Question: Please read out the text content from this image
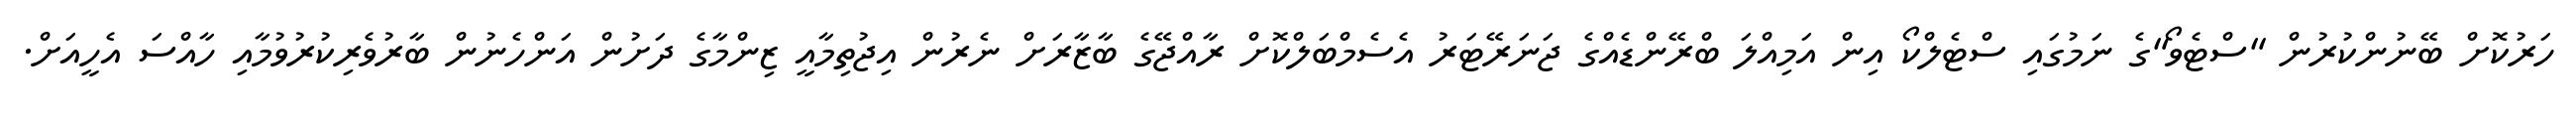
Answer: ހަރުކޮށް ބޭނުންކުރުން "ސްޓެވޯ"ގެ ނަމުގައި ސްޓެލްކޯ އިން އަމިއްލަ ބްރޭންޑެއްގެ ޖަނަރޭޓަރު އެސެމްބަލްކޮށް ރާއްޖޭގެ ބާޒާރަށް ނެރުން އިޖުތިމާއީ ޒިންމާގެ ދަށުން އަންހެނުން ބާރުވެރިކުރުވުމާއި ހާއްސަ އެހީއަށް.